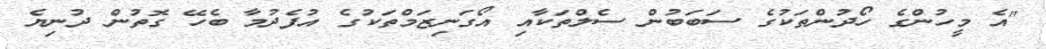
"އެ މީހުންގެ ހޯދުންތަކުގެ ސަބަބުން ސެލްތަކާއި އޯގަނިޒަމްތަކުގެ އުފެދުމާ ބެހޭ ގޮތުން ދުނިޔެ